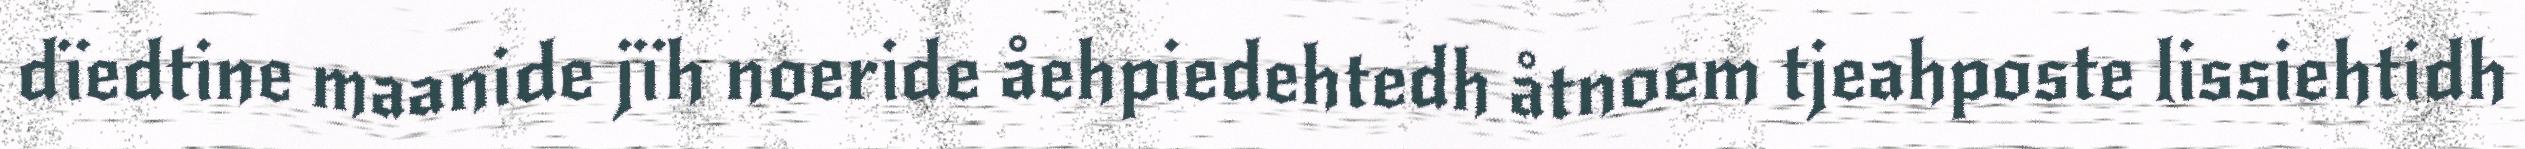
dïedtine maanide jïh noeride åehpiedehtedh åtnoem tjeahposte lissiehtidh